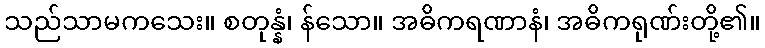
သည်သာမကသေး။ စတုန္နံ၊ န်သော။ အဓိကရဏာနံ၊ အဓိကရုဏ်းတို့၏။